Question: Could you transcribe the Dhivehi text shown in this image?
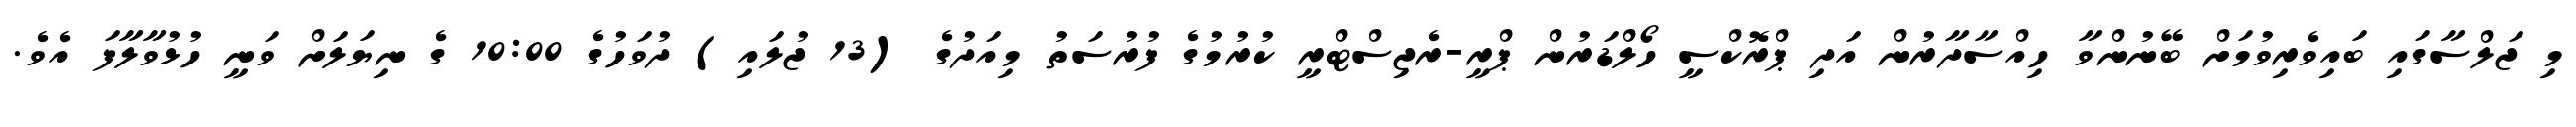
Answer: މި ޖަލްސާގައި ބައިވެރިވުމަށް ބޭނުންވާ ހިއްސާދާރުން އަދި ޕްރޮކްސީ ހޯލްޑަރުން ޕްރީ-ރެޖިސްޓްރީ ކުރުމުގެ ފުރުސަތު މިއަދުގެ (13 ޖުލައި) ދުވަހުގެ 10:00 ގެ ނިޔަލަށް ވަނީ ހުޅުވާލާފަ އެވެ.